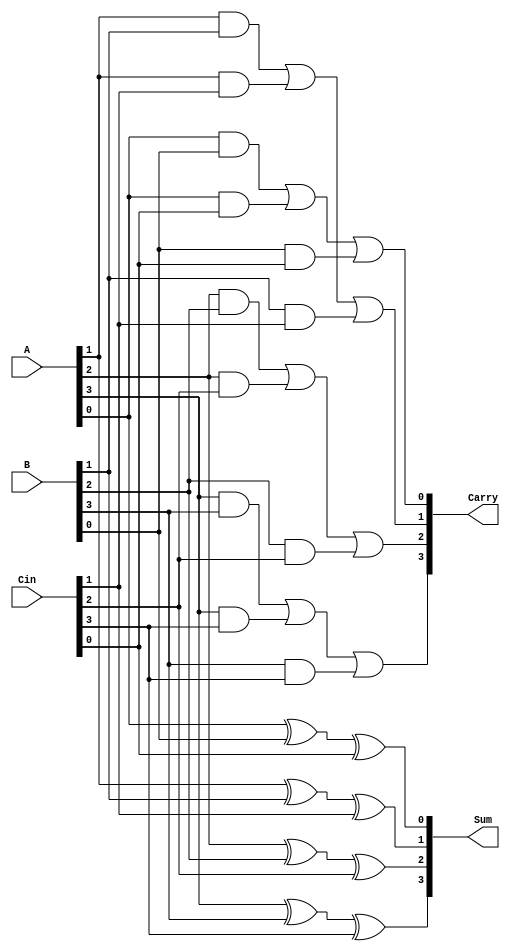
module carry_save_adder #(parameter n = 4) (
    input  [n-1:0] A,      // First operand
    input  [n-1:0] B,      // Second operand
    input  [n-1:0] Cin,    // Carry input
    output [n-1:0] Sum,     // Sum output
    output [n-1:0] Carry    // Carry output
);

    // Generate the Sum and Carry outputs
    genvar i;
    generate
        for (i = 0; i < n; i = i + 1) begin : CSA_gen
            assign Sum[i]   = A[i] ^ B[i] ^ Cin[i]; // Bitwise XOR for Sum
            assign Carry[i] = (A[i] & B[i]) | (A[i] & Cin[i]) | (B[i] & Cin[i]); // Bitwise AND and OR for Carry
        end
    endgenerate

endmodule